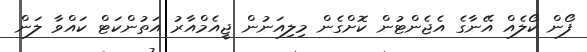
ފޯން ކޯލެއް އޭނާގެ އެޖެންޓުން ކޮށްގެން މިލިއަނުން ޖީއެމްއާރު އަތުންކަޓް ކައްވާ ލަން